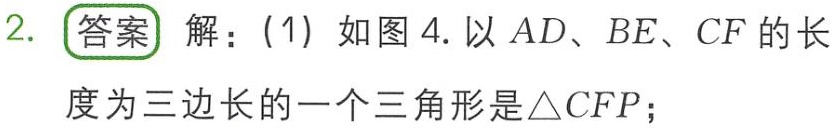
2. 答案 解：(1) 如图 4. 以 \(AD\)、\(BE\)、\(CF\) 的长度为三边长的一个三角形是\(\triangle CFP\)；